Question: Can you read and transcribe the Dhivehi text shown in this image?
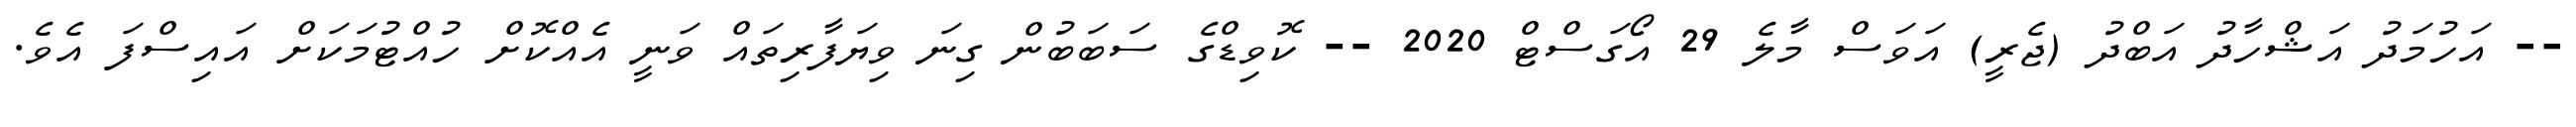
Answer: -- އަހުމަދު އަޝްހާދު އަބްދު (ޖެރީ) އަވަސް މާލެ 29 އޯގަސްޓް 2020 -- ކޮވިޑްގެ ސަބަބުން ގިނަ ވިޔަފާރިތައް ވަނީ އެއްކޮށް ހުއްޓުމަކަށް އައިސްފަ އެވެ.